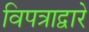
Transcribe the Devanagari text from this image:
विपत्राद्वारे